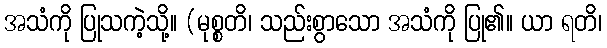
အသံကို ပြုသကဲ့သို့။ (မုစ္စတိ၊ သည်းစွာသော အသံကို ပြု၏။ ယာ ရတိ၊